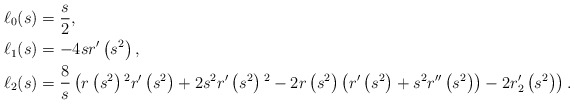
\begin{align*}&\ell_0(s) = \frac{s}{2},\\&\ell_1(s) = -4 s r'\left(s^2\right),\\&\ell_2(s) = \frac{8}{s} \left(r\left(s^2\right){}^2 r'\left(s^2\right)+2s^2 r'\left(s^2\right){}^2-2 r\left(s^2\right) \left(r'\left(s^2\right)+s^2 r''\left(s^2\right)\right)-2 r_2'\left(s^2\right)\right).\end{align*}